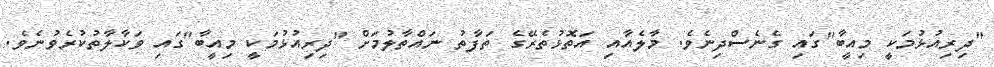
"ދިރިއުޅުމަކީ މިއީބާ"ގައި ގެނެސްދިނެވެ. މާލެއާއި އަތޮޅުތެރޭގެ ތަފާތު ނައްތާލުމަށް "ދިރިއުޅުމަކީ މިއީބާ"ގައި ވަކާލާތުކުރެވުނެވެ.